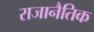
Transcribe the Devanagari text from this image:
राजानैतिक